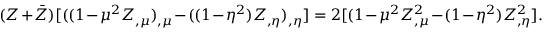
( Z + \bar { Z } ) [ ( ( 1 - \mu ^ { 2 } Z _ { , \mu } ) _ { , \mu } - ( ( 1 - \eta ^ { 2 } ) Z _ { , \eta } ) _ { , \eta } ] = 2 [ ( 1 - \mu ^ { 2 } Z _ { , \mu } ^ { 2 } - ( 1 - \eta ^ { 2 } ) Z _ { , \eta } ^ { 2 } ] .